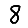
Digit: 8